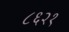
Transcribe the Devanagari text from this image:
८६२१